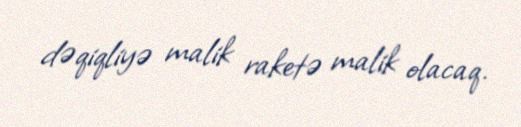
dəqiqliyə malik raketə malik olacaq.